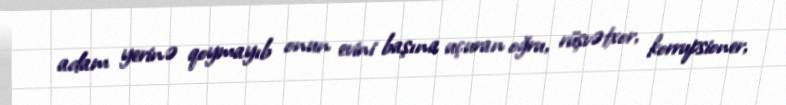
adam yerinə qoymayıb onun evini başına uçuran oğru, rüşvətxor, korrupsioner,